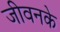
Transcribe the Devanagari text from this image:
जीवनके